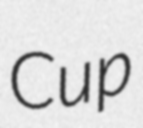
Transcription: Cup